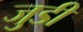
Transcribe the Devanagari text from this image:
जुडीं